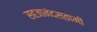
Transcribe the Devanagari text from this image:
सहजानंदस्वामी